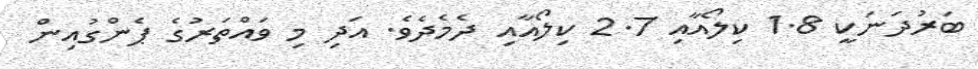
ބަރުދަނަކީ 1.8 ކިލޯއާއި 2.7 ކިލޯއާއި ދެމެދެވެ. އަދި މި ވައްތަރުގެ ޕެންގުއިން